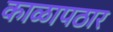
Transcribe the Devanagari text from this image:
काळापठार